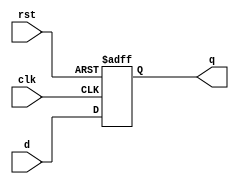
`timescale 1ns / 1ps
//////////////////////////////////////////////////////////////////////////////////
// Company: 
// Engineer: 
// 
// Design Name: 
// Module Name: dflip_flop
// Project Name: 
// Target Devices: 
// Tool Versions: 
// Description: 
// 
// Dependencies: 
// 
// Revision:
// Revision 0.01 - File Created
// Additional Comments:
// 
//////////////////////////////////////////////////////////////////////////////////


module dflip_flop(d,q,clk,rst);
input clk, d, rst;
output reg q;
always@(posedge clk or posedge rst)
    begin
    if (rst==1'b1)
        q<=1'b0;
    else
        q <=d;
    end
endmodule